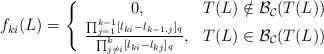
LaTeX: \begin{align*}f_{ki}(L)=\left\{\begin{array}{cc}0,& T(L)\notin \mathcal {B}_{\mathcal{C}}(T(L))\\\frac{\prod_{j=1}^{k-1}[l_{ki}-l_{k-1,j}]_q}{\prod_{j\neq i}^{k}[l_{ki}-l_{kj}]_q},& T(L)\in \mathcal {B}_{\mathcal{C}}(T(L))\end{array}\right.\end{align*}